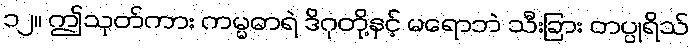
၁၂။ ဤသုတ်ကား ကမ္မဓာရဲ ဒိဂုတို့နှင့် မရောဘဲ သီးခြား တပ္ပုရိသ်